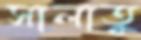
সালাতু